Annual report of the Madras Medical College
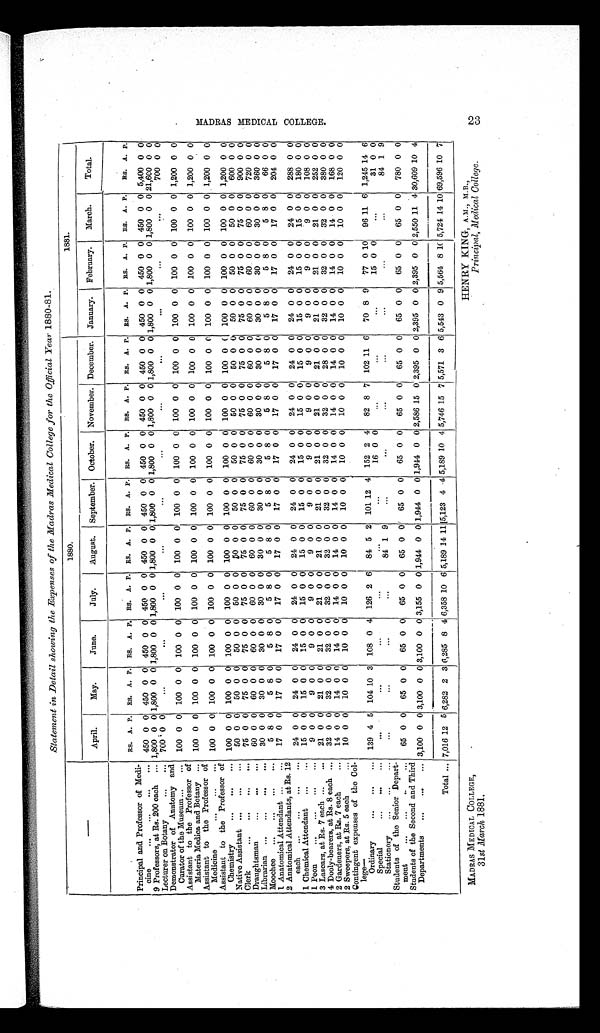
MADRAS MEDICAL COLLEGE,
31st March 1881.
HENRY KING, A.M., M.B.,
Principal, Medical College.
MADRAS MEDICAL COLLEGE. 23
Statement in Detail showing the Expenses of the Madras Medical College for the Official Year 1880-81.
— —
1880.
1881.
April.
May.
June.
July.
August.
September. October.
November. December.
January.
February.
March.
Total.
RS. A. P.
RS. A. P.
RS. A. P.
RS. A. P.
RS. A. P. RS. A. P.
RS. A. P.
RS. A. P.
RS. A. P.
RS. A. P. RS. A. P. RS. A. P.
RS. A. P.
Principal and Professor of Medi-
cine
...
...
...
...
450 0 0 450 0 0 450 0 0 450 0 0 450 0 0 450 0 0 450 0 0 450 0 0 450 0 0 450 0 0 450 0 0 450 0 0 5,400 0 0
9 Professors, at Rs. 200 each
... 1,800 0 0 1,800 0 0 1,800 0 0 1,800 0 0 1,800 0 0 1,800 0 0 1,800 0 0 1,800 0 0 1,800 0 0 1,800 0 0 1,800 0 0 1,800 0 0 21,600 0 0
Lecturer on Botany
...
... 700 0 0
. . .
. . .
. . .
. . .
. . .
. . .
. . .
. . .
. . .
. . .
. . .
700 0 0
Demonstrator of Anatomy and
Curator of the Museum ...
...
100 0 0 100 0 0 100 0 0 100 0 0 100 0 0 100 0 0 100 0 0 100 0 0 100 0 0 100 0 0 100 0 0 100 0 0 1,200 0 0
Assistant to the Professor of
Materia Medica and Botany ...
100 0 0 100 0 0 100 0 0 100 0 0 100 0 0 100 0 0 100 0 0 100 0 0 100 0 0 100 0 0 100 0 0 100 0 0 1,200 0 0
Assistant to the Professor of
Medicine
...
...
...
100 0 0 100 0 0 100 0 0 100 0 0 100 0 0 100 0 0 100 0 0 100 0 0 100 0
0
100 0 0 100 0 0 100 0 0 1,200 0 0
Assistant to the Professor of
Chemistry
...
...
...
100 0 0 100 0 0 100 0 0 100 0 0 100 0 0 100 0 0 100 0 0 100 0 0 100 0
100 0 0 100 0 0 100 0 0 1,200 0 0
Native Assistant ...
...
...
50 0 0
50 0 0
50 0 0
50 0 0
5 0
0 0
50 0 0
50 0 0
50 0 0
50 0 0
50 0 0
50 0 0
50 0 0
600 0 0
Clerk
...
...
...
...
75 0 0
75 0 0
75 0 0
75 0 0
75 0 0
75 0 0
75 0 0
75 0 0
75 0 0
75 0 0
75 0 0
75 0 0
900 0 0
Draughtsman
...
...
...
60 0 0
60 0 0
60 0 0
60 0 0
60 0 0
60 0 0
60 0 0
60 0 0
60 0 0
60 0 0
60
0
0
60 0 0
720 0 0
Librarian
... ...
30 0 0
30 0 0
30 0 0
30 0 0
30 0 0
30 0 0
30 0 0
30 0 0
30 0 (1
30 0 0
30 0 0
30 0 0
360 0 0
Moochee
...
...
...
...
5 8 0
5 8 0
5 8 0
5 8 0
5 8 0
5 8 0
5 8 0
5 8 0
5 8 0
5 8 0
5 8 0
5 8 0
66 0 0
1 Anatomical Attendant ...
17 0 0
17 0 0
17 0 0
17 0 0
17 0 0
17 0 0
17 0 0
17 0 0
17 0 0
17 0 0
17 0 0
17 0 0
204 0 0
2 Anatomical Attendants, at. Rs. 12
each
...
...
...
...
24 0 0
24 0 0
24 0 0
24 0 0
24 0 0
24 0 0
24 0 0
24 0 0
24 0 0
24 0 0
24 0 0
24 0 0
288 0 0
1 Chemical Attendant
..
...
15 0 0
15 0 0
15 0 0
15 0 0
15 0 0
15 0 0
15 0 0
15 0 0
15 0 0
15 0 0
15 0 0
15 0 0
180 0 0
1 Peon
...
...
...
...
9 0 0
9 0 0
9 0 0
9 0 0
9 0 0
9 0 0
9 0 0
9 0 0
9 0 0
9 0 0
9 0 0
9 0 0
108 0 0
3 Lascars, at Rs. 7 each ...
...
21 0 0
21 0 0
21 0 0
21 0 0
21 0 0
21 0 0
21 0 0
21 0 0
21 0 0
21 0 0
21 0 0
21 0 0
252 0 0
4 Dooly-bearers, at Rs. 8 each ...
32 0 0
32 0 0
32 0 0
32 0 0
32 0 0
32 0 0
32 0 0
32 0 0
28 0 0
32 0 0
32 0 0
32 0 0
380 0 0
2 Gardeners, at Rs. 7 each
...
14 0 0
14 0 0
14 0 0
14 0 0
14 0 0
14 0 0
14 0 0
14 0 0
14 0 0
14 0 0
14 0 0
14 0 0
168 0 0
2 Sweepers, at Rs. 5 each
...
10 0 0
10 0 0
10 0 0
10 0 0
10 0 0
10 0 0
10 0 0
10 0 0
10 0 0
10 0 0
10 0 0
10 0 0
120 0 0
Contingent expenses of the Col-
lege-
Ordinary
...
...
...
139 4 5 104 10 3 108 0 4 126 2 6
84 5 2 101 12 4 152 2 4
82 8 7 102 11 6
70 8 9
77 0 10
96 11 6 1,245 14 6
Special
...
...
...
...
. . . .
. . .
. . .
. . .
. . .
16 0 0
. . .
. . .
. . .
15 0 0
. . .31 0 0
Stationery.
...
...
. . .
. . .
. . .
. . .
84 1 9
. . .
. . .
. . .
. . .
. . .
. . .
. . .84 1 9
Students of the Senior Depart-
ment
..
...
...
65 0 0
65 0 0
65 0 0
65 0 0
65 0 0
65 0 0
65 0 0
65 0 0
65 0 0
65 0 0
65 0 0
65 0 0
780 0 0
Students of the Second and Third
Departments
...
...
... 3,100 0 0 3,100 0 0 3,100 0 0 3,155 0 0 1,944 0 0 1,944 0 0 1,944 0 0 2,586 15 0 2,395 0 0 2,395 0 0 2,395 0 0 2,550 11 4 30,609 10 4
Total ... 7,016 12 5 6,282 2 3 6,285 8 4 6,358
1 0
6 5,189
1 4 1 1
5,123 4 4 5,189 10 4 5,746
1 5
7 5,571 3 6 5,543 0 9 5,564 8 10 5,724 14 10 69,596 10 7